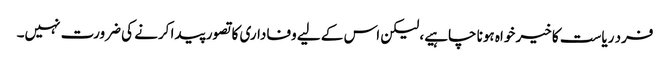
فرد ریاست کا خیر خواہ ہونا چاہیے، لیکن اس کے لیے وفاداری کا تصور پیدا کرنے کی ضرورت نہیں۔